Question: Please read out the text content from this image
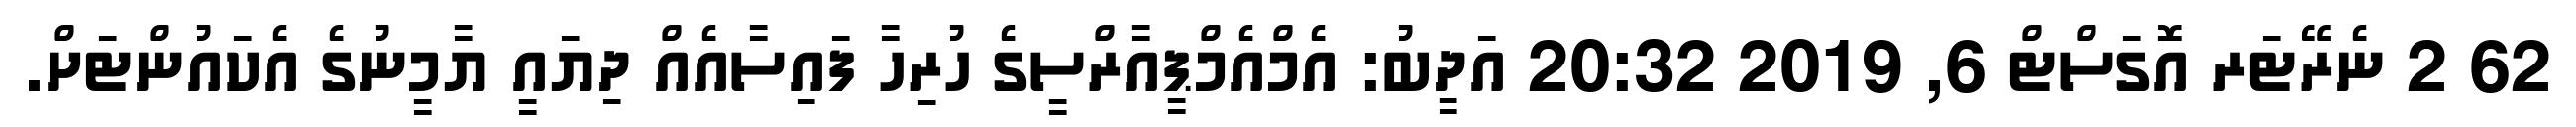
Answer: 62 2 ނެރޭޓަރ އޮގަސްޓް 6, 2019 20:32 އަދީބު: އެމްއެމްޕީއާރްސީގެ ހުރިހާ ފައިސާއެއް ދިޔައީ ޔާމީނުގެ އެކައުންޓަށް.